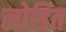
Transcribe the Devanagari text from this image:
लोडित